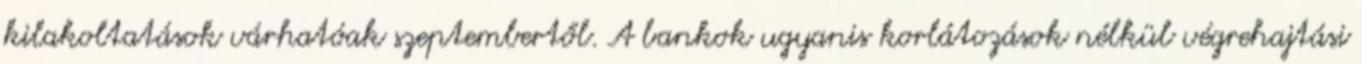
kilakoltatások várhatóak szeptembertől. A bankok ugyanis korlátozások nélkül végrehajtási